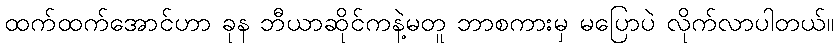
ထက်ထက်အောင်ဟာ ခုန ဘီယာဆိုင်ကနဲ့မတူ ဘာစကားမှ မပြောပဲ လိုက်လာပါတယ်။